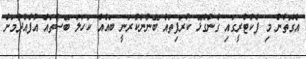
އެގޮތުން މި ފެކްޓްރީގައި ގެންގުޅޭ ކުރަފިތައް ބޭނުންކުރަނީ ބައެއް ކަހަލަ ބޭސްތައް އުފެއްދުމަށް